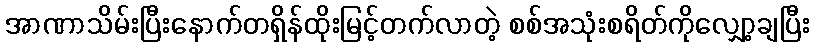
အာဏာသိမ်းပြီးနောက်တရှိန်ထိုးမြင့်တက်လာတဲ့ စစ်အသုံးစရိတ်ကိုလျှော့ချပြီး